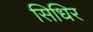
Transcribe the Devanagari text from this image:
सिधिर